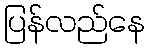
ပြန်လည်နေ